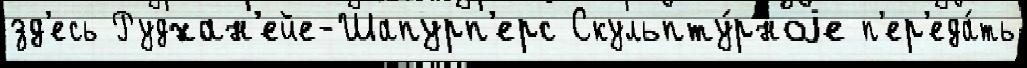
зд'есь Рудхан'ейе-Шапурп'ерс Скульпту́рноjе п'ер'еда́ть